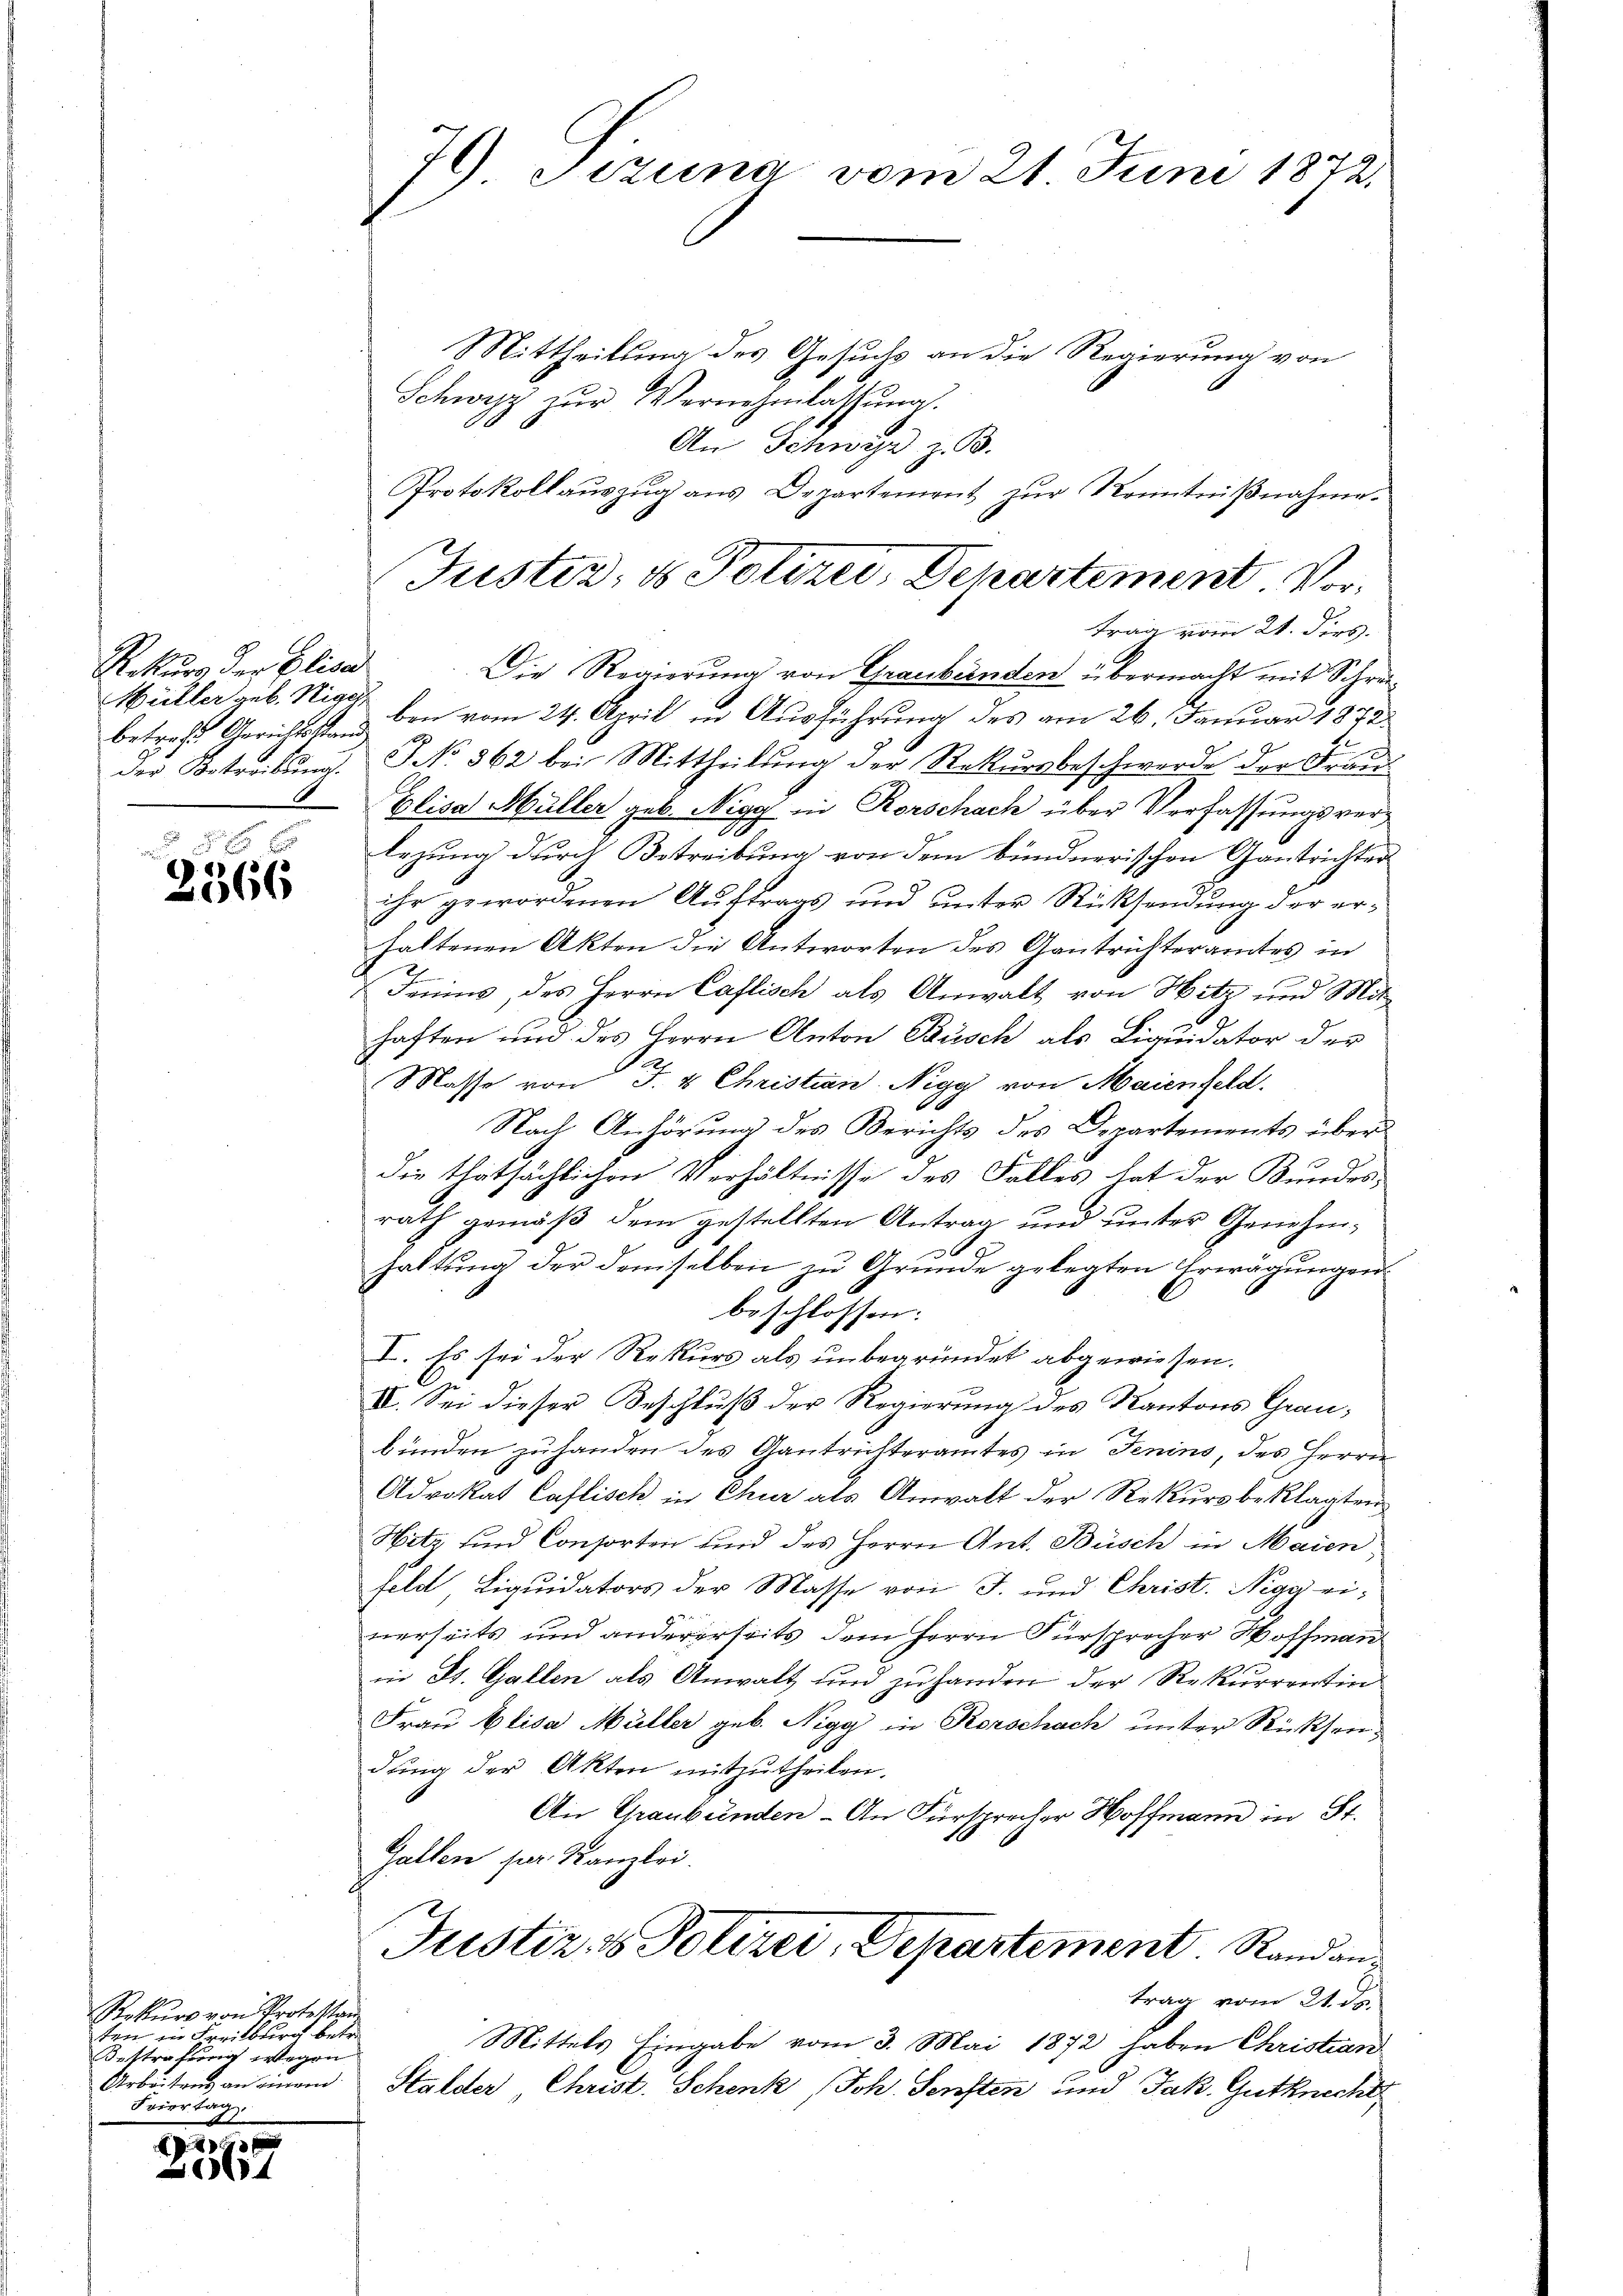
Rekurs der Elisa
Müller geb. Sigel
der Betreibung.

xx
2366

Rekŭrs von Protestan
ten in Freitburg betr.
Bestrafung wegen
Arbeitens an einem
Feiertag.

5
2067

79) Jezuna vom 21. Juni 1872.

Mittheilung des Gesuchs an die Regierung von
Schwyz zŭr Vernehmlassŭng.
An Schwyz z. B.
Protokollaŭszŭg ans Departement zŭr Kenntniβnahme.
trag vom 21. ders.
Die Regierŭng von Graubünden übermacht mit Schreibetreff Gerichtsste den vom 24. April in Ausführung des am 26. Januar 1872
NNo. 862 bei Mittheilung der Rekursbeschwerde der Frau
Elisa Müller geb. Nigg in Rorschach über Verfassungsver¬
Ah
lezung durch Betreibung von dem bündnerischen Gantrichter
ihr gewordenen Auftrags und unter Rücksendung der erhaltenen Akten die Antworten des Gantrichteramtes in
2
u Freins, des Herrn Caflisch als Anwalt von Hitz und Mit
haften und des Herrn Anton Busch als Liquidator der
Masse von J. 4. Christian Nigg von Maienfeld.
Nach Anhörung des Berichts des Departements über
die thatsächlichen Verhältnisse des Falles hat der Bundes¬
F
rath gemäß dem gestellten Antrag und unter Genehme
haltŭng der demselben zu Gründe gelegten Erwägungen.
beschlossen:
I. Es sei der Rekurs als unbegründet abgewiesen.
IV. Sei dieser Beschluß der Regierung des Kantons Graubunden zuhanden des Gantrichteramtes in Jenins, des Herrn
Advokat Caflisch in Chur als Anwalt der Rekursbeklagten
Hitz und Consorten und des Herrn Ant. Büsch in Maien,
feld, Liquidators der Masse von J. und Christ. Nigg einerseits und andererseits dem Herrn Fürsprocher Hoffman
in St. Gallen als Anwalt und zu handen der Rekurrentin
Frau Elisa Müller geb. Nigg in Rorschach unter Rücksendŭng der Akten mitzutheilen.
An Graubünden - An Fürsprecher Hoffmann in St.
Gallen pr. Kanzlei.
Justiz- & Polizei, Departement. Randantrag vom 21. de
Mittels Eingabe vom 3. Mai 1872 haben Christian
Stalder Christ. Schenk (Joh. Sensten und Jak. Gutknecht

Justiz- & Polizei, Departement Vor¬